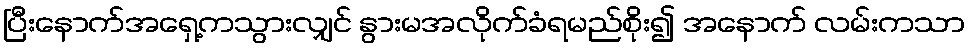
ပြီးနောက်အရှေ့ကသွားလျှင် နွားမအလိုက်ခံရမည်စိုး၍ အနောက် လမ်းကသာ